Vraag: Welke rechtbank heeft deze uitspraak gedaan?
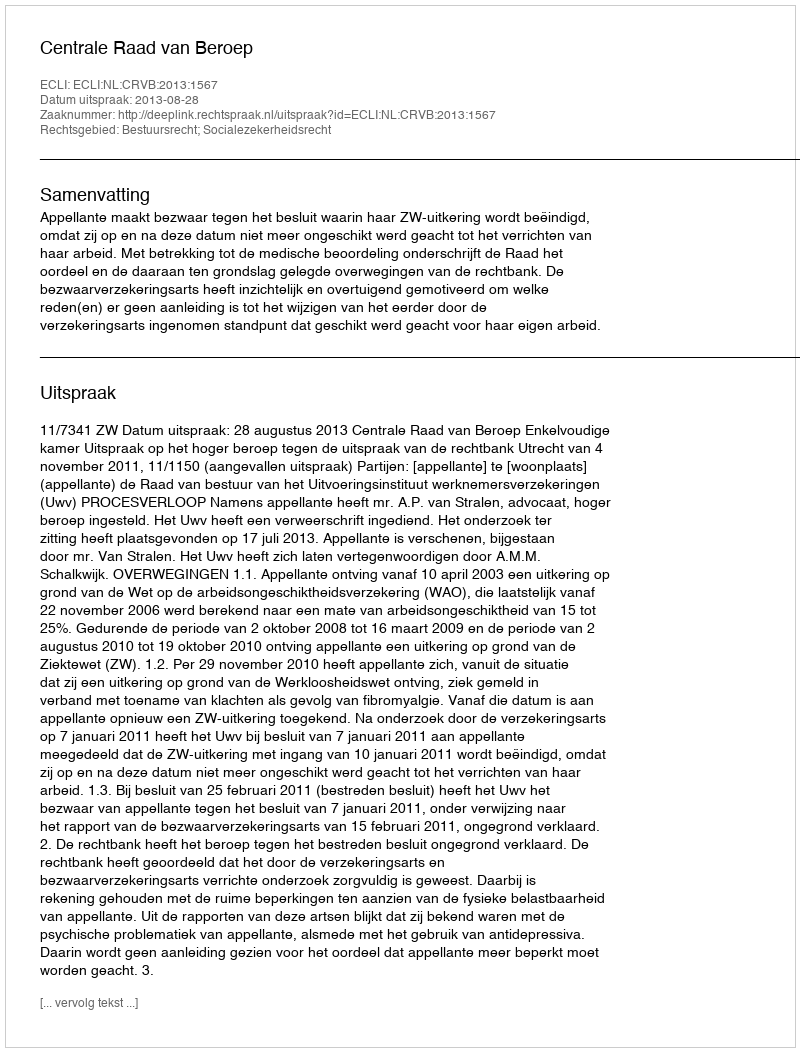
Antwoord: Centrale Raad van Beroep